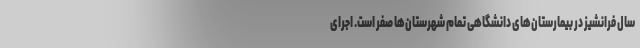
سال فرانشیز در بیمارستان‌های دانشگاهی تمام شهرستان‌ها صفر است. اجرای